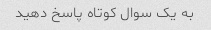
به یک سوال کوتاه پاسخ دهید